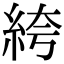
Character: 絝